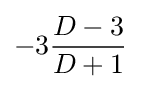
-3{D-3 \over {D+1}}